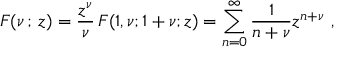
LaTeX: { \cal F } ( \nu \, ; \, z ) = \frac { z ^ { \nu } } { \nu } \, F ( 1 , \nu ; 1 + \nu ; z ) = \sum _ { n = 0 } ^ { \infty } \frac { 1 } { n + \nu } z ^ { n + \nu } ~ ,